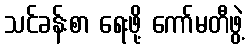
သင်ခန်းစာ ရေးဖို့ ကော်မတီဖွဲ့